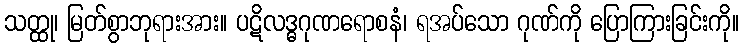
သတ္ထု၊ မြတ်စွာဘုရားအား။ ပဋိလဒ္ဓဂုဏရောစနံ၊ ရအပ်သော ဂုဏ်ကို ပြောကြားခြင်းကို။